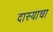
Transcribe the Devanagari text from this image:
दास्याचा